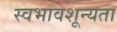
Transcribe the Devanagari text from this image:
स्वभावशून्यता